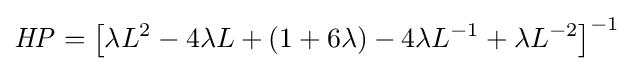
{\mathit {HP}}=\left[\lambda L^{2}-4\lambda L+(1+6\lambda )-4\lambda L^{-1}+\lambda L^{-2}\right]^{-1}